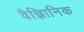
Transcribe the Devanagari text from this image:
वैज्ञिानिक